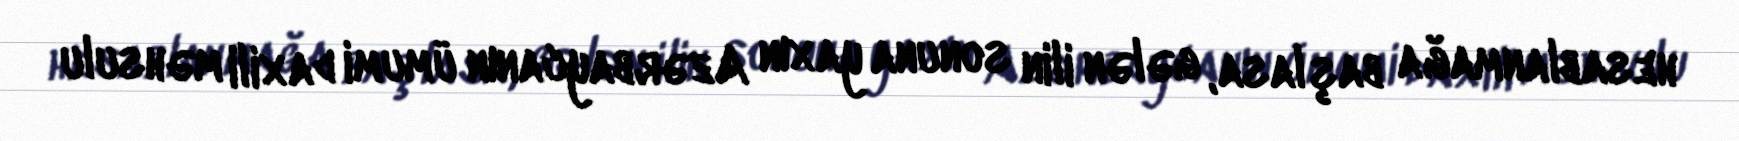
hesablanmağa başlasa, gələn ilin sonuna yaxın Azərbaycanın ümumi daxili məhsulu